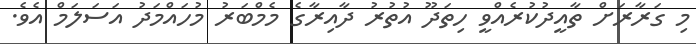
މި ގަރާރަށް ތާއީދުކުރެއްވީ ހިތަދޫ އުތުރު ދާއިރާގެ މެމްބަރު މުހައްމަދު އަސަލަމް އެވެ.